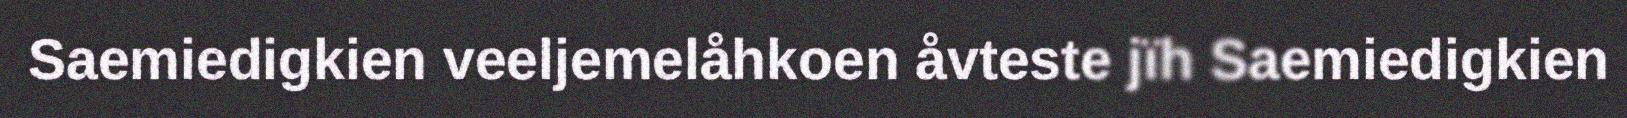
Saemiedigkien veeljemelåhkoen åvteste jïh Saemiedigkien